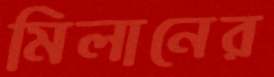
মিলানের